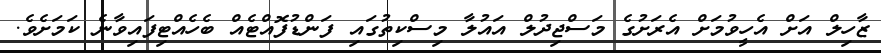
ޒާހިލް އަށް އެހީވުމަށް އެރަށުގެ މަސްޖިދުލް އައުލާ މިސްކިތުގައި ފަންޑުފޮއްޓެއް ބެހެއްޓިފައިވާނެ ކަމަށެވެ.